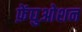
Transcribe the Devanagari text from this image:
फ़ेंघुओशन